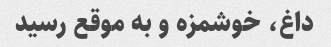
داغ، خوشمزه و به موقع رسید